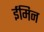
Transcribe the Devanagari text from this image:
ईमिन